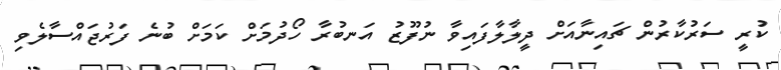
ކުރީ ސަރުކާރުން ޗައިނާއަށް ދީލާލާފައިވާ ނުފޫޒު އަނބުރާ ހޯދުމަށް ކަމަށް ބުނެ ފަރުޖައްސާލެވި